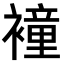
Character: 𧝎